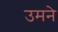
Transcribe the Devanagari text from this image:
उमने